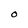
Character: 0